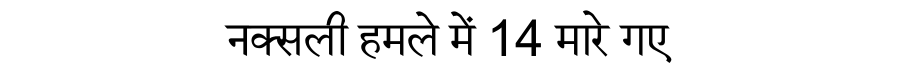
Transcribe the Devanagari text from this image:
नक्सली हमले में 14 मारे गए